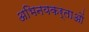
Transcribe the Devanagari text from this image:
अभिनयकर्ताओं